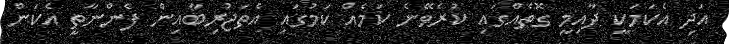
އަދި އެކަމަކީ ދާއިމީ ގޮތެއްގައި ކުރެވޭނެ ކަމެއް ކަމުގައި އެތަޖުރިބާއިން ފެންނާތީ އެކަން